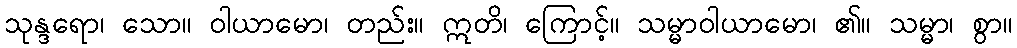
သုန္ဒရော၊ သော။ ဝါယာမော၊ တည်း။ ဣတိ၊ ကြောင့်။ သမ္မာဝါယာမော၊ ၏။ သမ္မာ၊ စွာ။